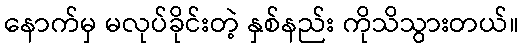
နောက်မှ မလုပ်ခိုင်းတဲ့ နှစ်နည်း ကိုသိသွားတယ်။